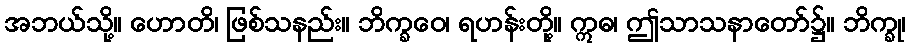
အဘယ်သို့။ ဟောတိ၊ ဖြစ်သနည်း။ ဘိက္ခဝေ၊ ရဟန်းတို့။ ဣဓ၊ ဤသာသနာတော်၌။ ဘိက္ခု၊